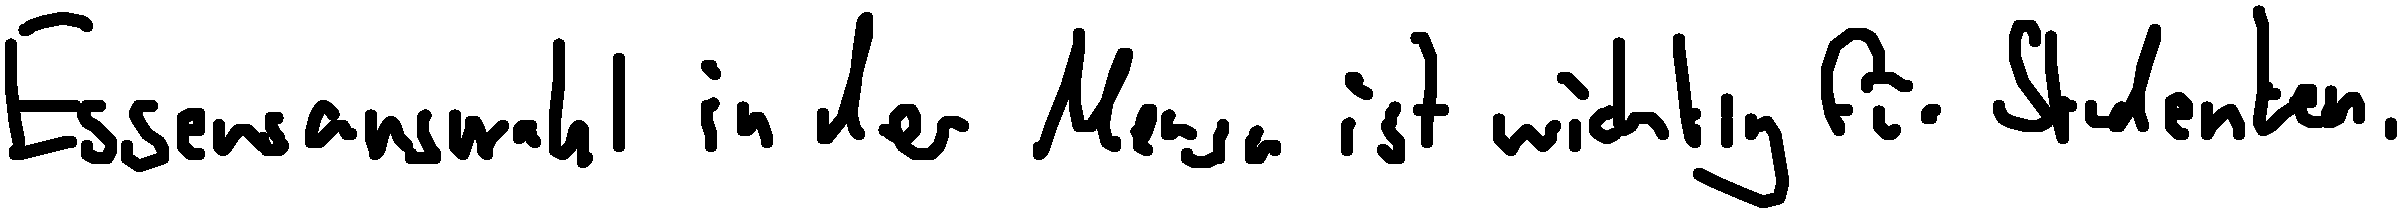
Essensauswahl in der Mensa ist wichtig für Studenten.